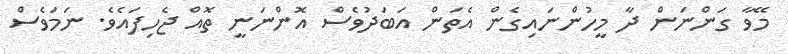
މޭވާ ގަންނަން ދާ މީހުންނައިގެން އެތަން އަބަދުވެސް އޮންނަނީ ތޮއް ޖެހިފައެވެ. ނަމަވެސް